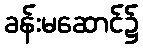
ခန်းမဆောင်၌